Annual report of the Imperial Bacteriological Laboratory, Muktesar
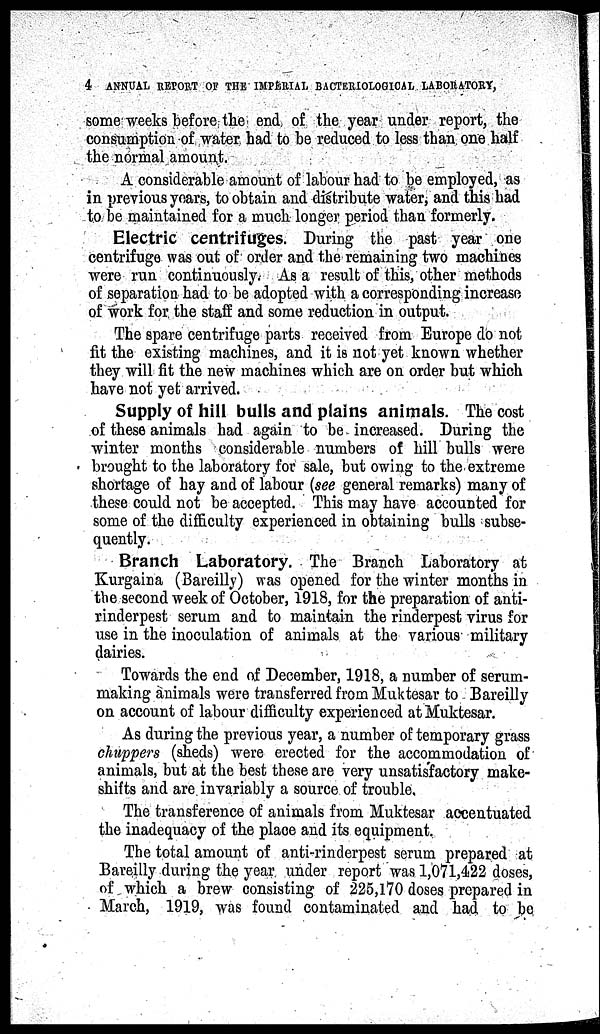
4
ANNUAL REPORT OF THE IMPERIAL BACTERIOLOGICAL LABORATORY,
some weeks before the end of the year under report, the
consumption of water had to be reduced to less than one half
the normal amount.
A considerable amount of labour had to be employed, as
in previous years, to obtain and distribute water, and this had
to be maintained for a much longer period than formerly.
Electric centrifuges. During the past year one
centrifuge was out of order and the remaining two machines
were run continuously. As a result of this, other methods
of separation had to be adopted with a corresponding increase
of work for the staff and some reduction in output.
The spare centrifuge parts received from Europe do not
fit the existing machines, and it is not yet known whether
they will fit the new machines which are on order but which
have not yet arrived.
Supply of hill bulls and plains animals. The cost
of these animals had again to be increased. During the
winter months considerable numbers of hill bulls were
brought to the laboratory for sale, but owing to the extreme
shortage of hay and of labour (see general remarks) many of
these could not be accepted. This may have accounted for
some of the difficulty experienced in obtaining bulls subse-
quently.
Branch Laboratory. The Branch Laboratory at
Kurgaina (Bareilly) was opened for the winter months in
the second week of October, 1918, for the preparation of anti-
rinderpest serum and to maintain the rinderpest virus for
use in the inoculation of animals at the various military
dairies.
Towards the end of December, 1918, a number of serum-
making animals were transferred from Muktesar to Bareilly
on account of labour difficulty experienced at Muktesar.
As during the previous year, a number of temporary grass
chuppers (sheds) were erected for the accommodation of
animals, but at the best these are very unsatisfactory make-
shifts and are invariably a source of trouble.
The transference of animals from Muktesar accentuated
the inadequacy of the place and its equipment.
The total amount of anti-rinderpest serum prepared at
Bareilly during the year under report was 1,071,422 doses,
of which a brew consisting of 225,170 doses prepared in
March, 1919, was found contaminated and had to be